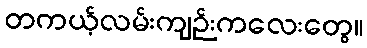
တကယ့်လမ်းကျဉ်းကလေးတွေ။